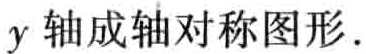
$y轴成轴对称图形.$